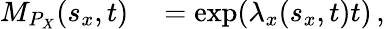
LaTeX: \begin{array}{rl}{M_{P_{X}}(s_{x},t)}&{{}=\exp(\lambda_{x}(s_{x},t)t)\, ,}\end{array}